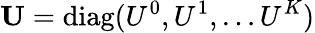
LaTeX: \mathbf{U}=\mathrm{diag}(U^{0},U^{1},\ldots U^{K})